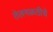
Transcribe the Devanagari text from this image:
तेलगळतीचे